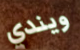
ويندي